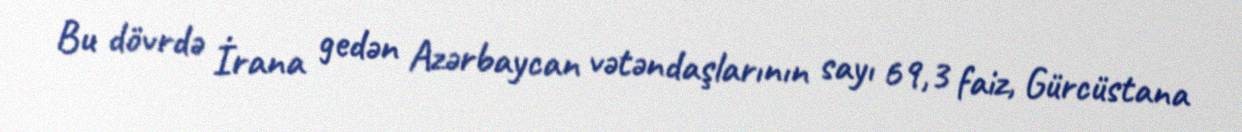
Bu dövrdə İrana gedən Azərbaycan vətəndaşlarının sayı 69,3 faiz, Gürcüstana